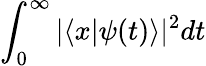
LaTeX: \int_{0}^{\infty}|\langle x|\psi(t)\rangle|^{2}dt